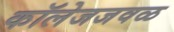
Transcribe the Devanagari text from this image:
कॉलेजजवळ